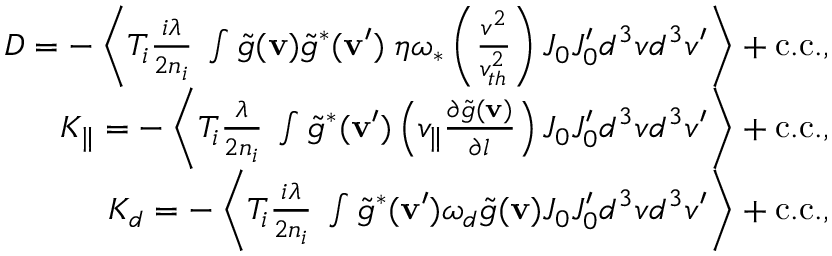
\begin{array} { r } { D = - \left\langle T _ { i } \frac { i \lambda } { 2 n _ { i } } \; \int \tilde { g } ( { \bf v } ) \tilde { g } ^ { * } ( { \bf v } ^ { \prime } ) \; \eta \omega _ { \ast } \left( \frac { v ^ { 2 } } { v _ { t h } ^ { 2 } } \right) J _ { 0 } J _ { 0 } ^ { \prime } d ^ { 3 } v d ^ { 3 } v ^ { \prime } \right\rangle + \mathrm { c . c . } , } \\ { K _ { \| } = - \left\langle T _ { i } \frac { \lambda } { 2 n _ { i } } \; \int \tilde { g } ^ { * } ( { \bf v } ^ { \prime } ) \left( v _ { \| } \frac { \partial \tilde { g } ( { \bf v } ) } { \partial l } \right) J _ { 0 } J _ { 0 } ^ { \prime } d ^ { 3 } v d ^ { 3 } v ^ { \prime } \right\rangle + \mathrm { c . c . } , } \\ { K _ { d } = - \left\langle T _ { i } \frac { i \lambda } { 2 n _ { i } } \; \int \tilde { g } ^ { * } ( { \bf v } ^ { \prime } ) \omega _ { d } \tilde { g } ( { \bf v } ) J _ { 0 } J _ { 0 } ^ { \prime } d ^ { 3 } v d ^ { 3 } v ^ { \prime } \right\rangle + \mathrm { c . c . } , } \end{array}